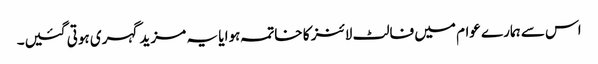
اس سے ہمارے عوام میں فالٹ لائنز کا خاتمہ ہوا یا یہ مزید گہری ہوتی گئیں۔